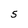
Character: S